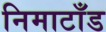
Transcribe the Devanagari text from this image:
निमाटाँड